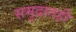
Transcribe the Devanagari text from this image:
समुद्रातही